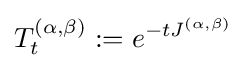
T_{t}^{(\alpha ,\beta )}:=e^{-tJ^{(\alpha ,\beta )}}